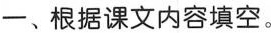
一、根据课文内容填空。